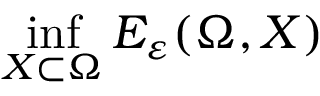
\operatorname* { i n f } _ { X \subset \Omega } E _ { \varepsilon } ( \Omega , X )